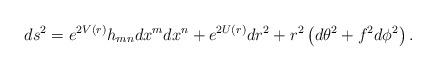
LaTeX: \begin{align*}ds^{2}=e^{2V(r)}h_{mn}dx^{m}dx^{n}+e^{2U(r)}dr^{2}+r^{2}\left( d\theta^{2}+f^{2}d\phi ^{2}\right) .\end{align*}